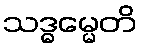
သဒ္ဓမ္မေတိ